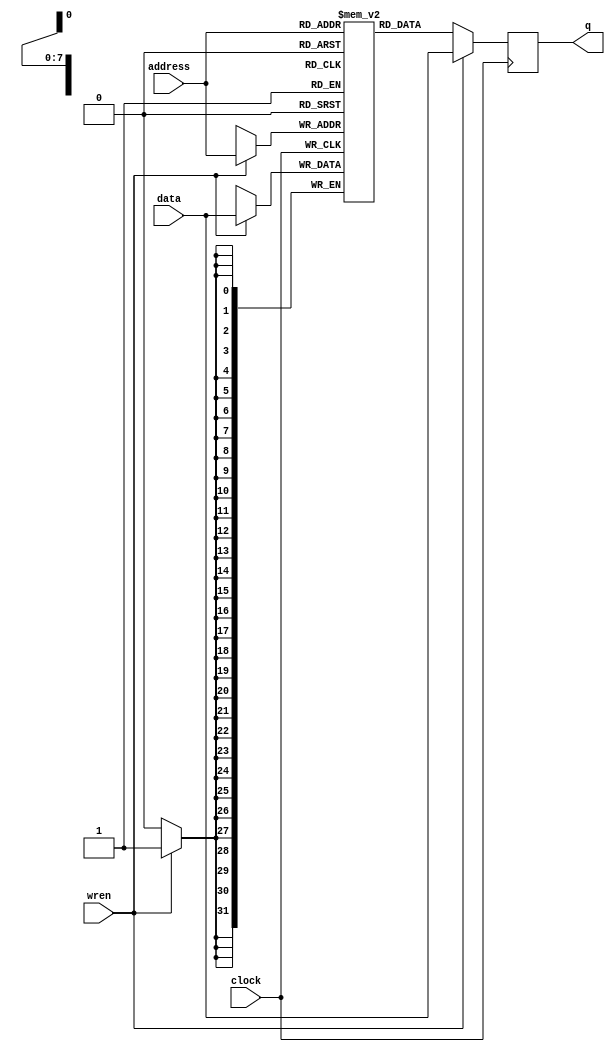
module fakeram(input [7:0] address,
					input clock,
					input [31:0] data,
					input wren,
					output reg [31:0] q);

reg [31:0] ram [0:255];

always @(posedge clock) begin
	if (wren) begin
		ram[address] <= data;
		q <= data;
	end
	else q <= ram[address];
end			
		
endmodule